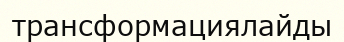
трансформациялайды